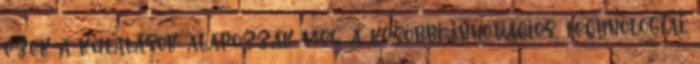
ezek a kutatások alapozzák meg a későbbi innovációs, technológiai,